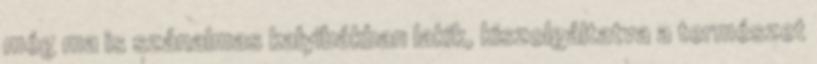
még ma is szánalmas kalyibákban lakik, kiszolgáltatva a természet